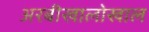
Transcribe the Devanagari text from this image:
अरबीखालोखाल